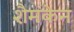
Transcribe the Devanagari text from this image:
शैमकेन